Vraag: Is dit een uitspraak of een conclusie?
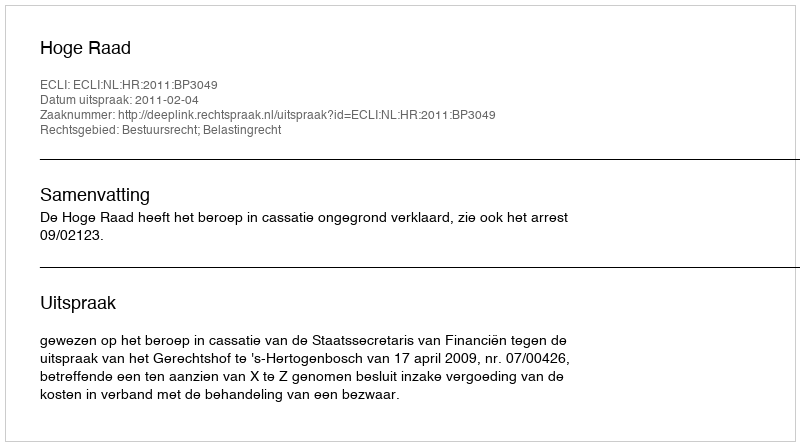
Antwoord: Uitspraak